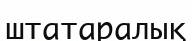
штатаралық